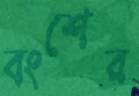
বংশের